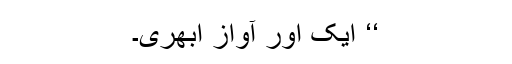
‘‘ ایک اور آواز ابھری۔